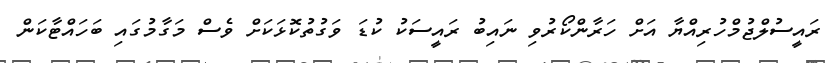
ރައީސުލްޖުމްހުރިއްޔާ އަށް ހަރާންކޯރުވި ނައިބު ރައީސަކު ކުޑަ ވަގުތުކޮޅަކަށް ވެސް މަގާމުގައި ބަހައްޓާކަން